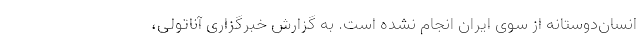
انسان‌دوستانه از سوی ایران انجام نشده است. به گزارش خبرگزاری آناتولی،